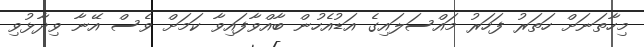
މިހާތަނަށް ހަތަރު ފަހަރު މައްސަލައިގެ އަޑުއެހުން ބާއްވާފައިވާ ކަމަށް ވެސް އޭނާ ވިދާޅުވި